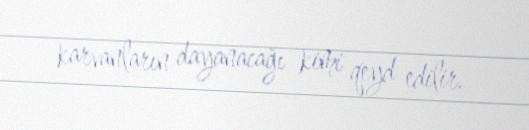
karvanların dayanacağı kimi qeyd edilir.